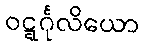
ဝဋ္ဋင်္ဂုလိယော